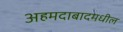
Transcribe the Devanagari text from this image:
अहमदाबादमधील